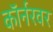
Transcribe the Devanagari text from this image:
काॅर्नरवर